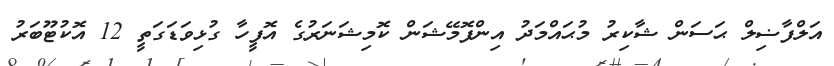
އަލްފާޟިލް ޙަސަން ޝާކިރު މުޙައްމަދު އިންފޮމޭޝަން ކޮމިޝަނަރުގެ އޮފީހާ ގުޅިވަޑަގަތީ 12 އޮކުޓޫބަރު